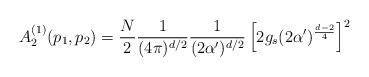
LaTeX: \begin{align*}A_{2}^{(1)} (p_{1},p_{2})= \frac{N}{2} \frac{1}{(4 \pi)^{d/2}} \frac{1}{(2 \alpha')^{d/2}}\left[ 2 g_{s } ( 2 \alpha')^{\frac{d-2}{4}} \right]^{2}\end{align*}